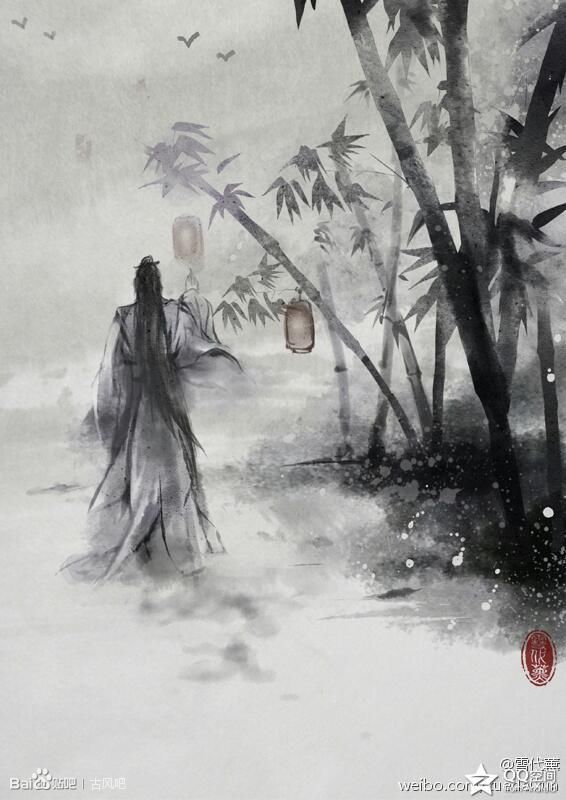
丁丁漏水夜何长，漫漫轻云露月光。